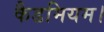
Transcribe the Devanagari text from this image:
कैडमियम।